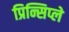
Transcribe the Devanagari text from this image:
प्रिन्सिप्ले